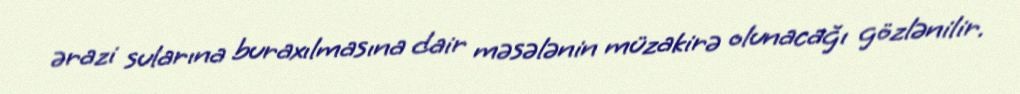
ərazi sularına buraxılmasına dair məsələnin müzakirə olunacağı gözlənilir.